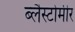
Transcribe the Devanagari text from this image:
ब्लैस्टोमीर